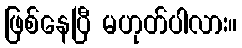
ဖြစ်နေပြီ မဟုတ်ပါလား။